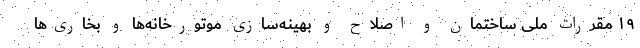
۱۹ مقررات ملی ساختمان و اصلاح و بهینه‌سازی موتورخانه‌ها و بخاری‌ها